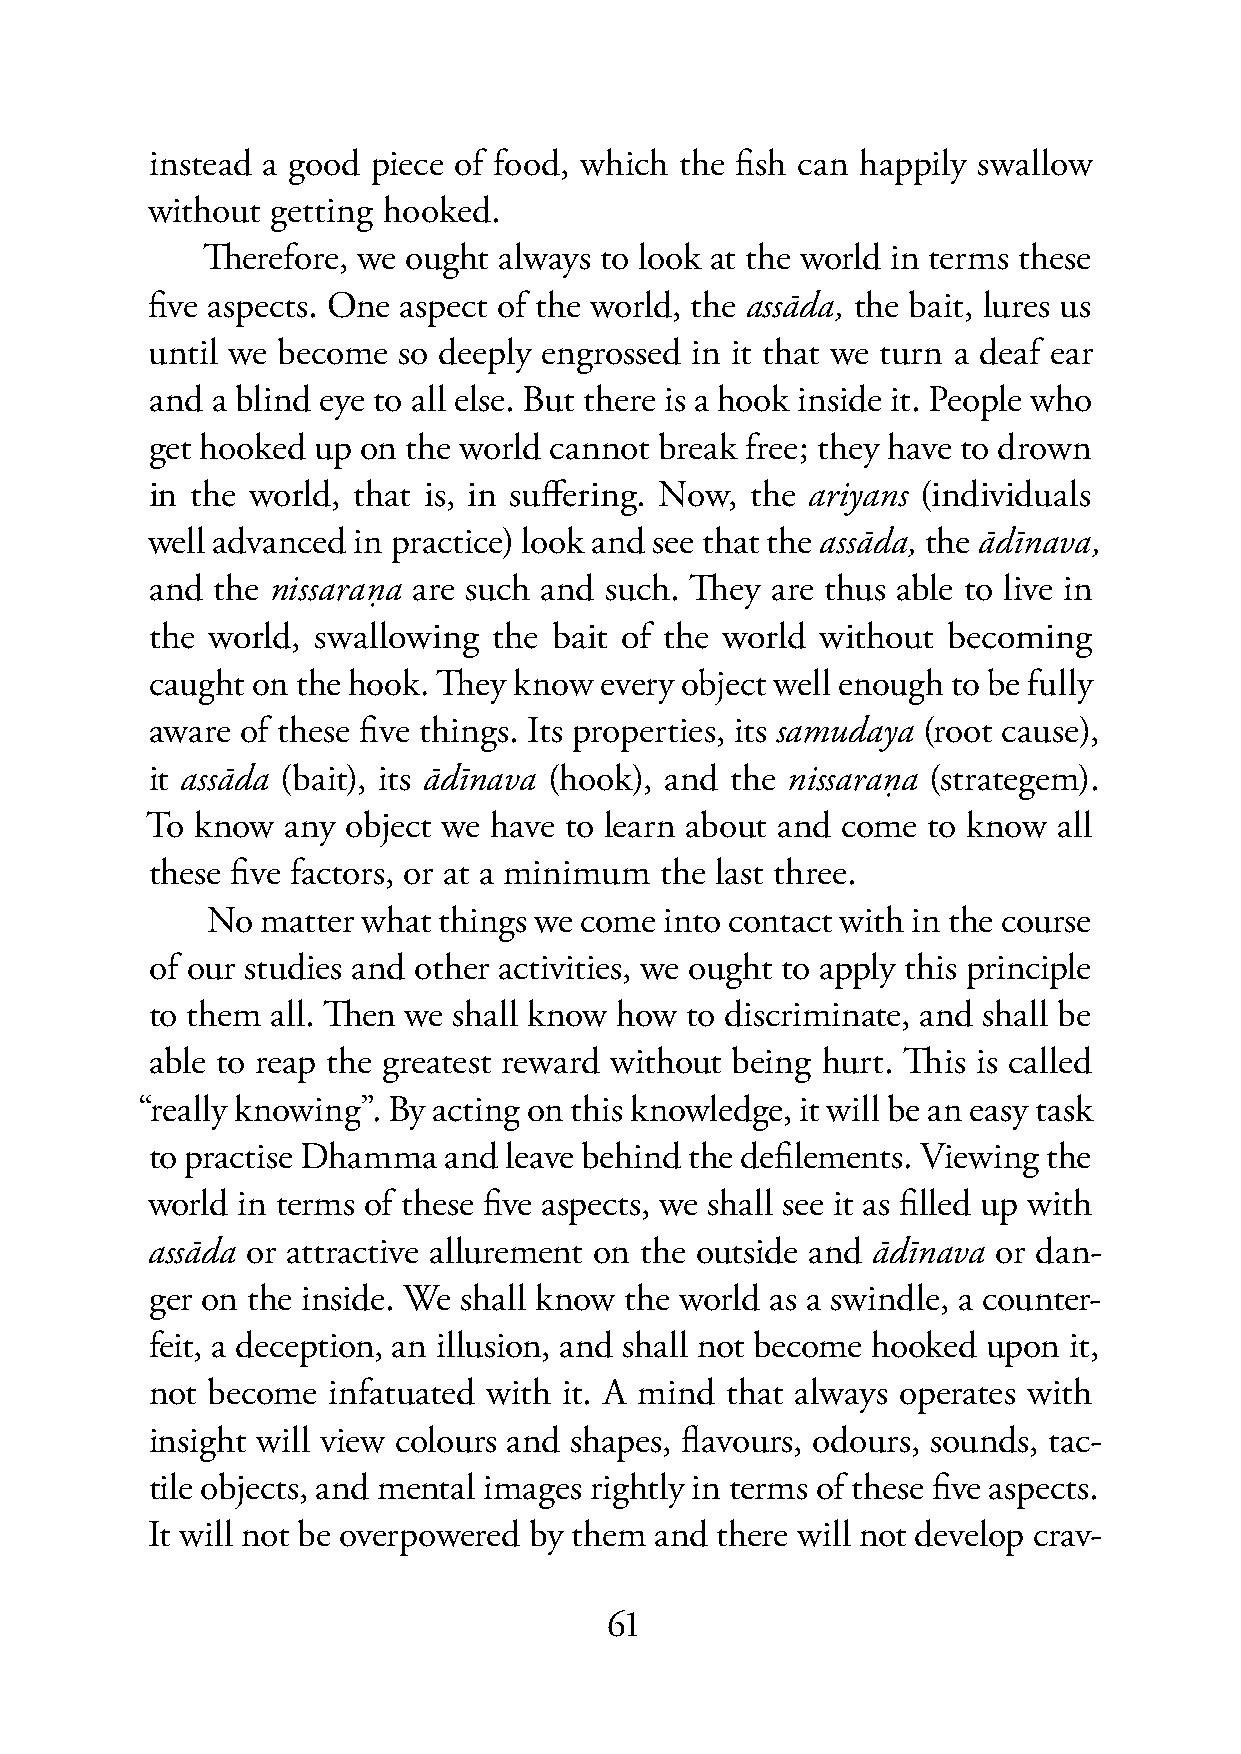
instead a good piece of food, which the fish can happily swallow
 without getting hooked.
 Therefore, we ought always to look at the world in terms these
 five aspects. One aspect of the world, the assāda, the bait, lures us
 until we become so deeply engrossed in it that we turn a deaf ear
 and a blind eye to all else. But there is a hook inside it. People who
 get hooked up on the world cannot break free; they have to drown
 in the world, that is, in suffering. Now, the ariyans (individuals
 well advanced in practice) look and see that the assāda, the ādīnava,
 and the nissaraṇa are such and such. They are thus able to live in
 the world, swallowing  the bait of the world without becoming
 caught on the hook. They know every object well enough to be fully
 aware of these five things. Its properties, its samudaya (root cause),
 it assāda (bait), its ādīnava (hook), and the nissaraṇa (strategem).
 To know  any object we have to learn about and come to know all
 these five factors, or at a minimum the last three.
 No matter what things we come into contact with in the course
 of our studies and other activities, we ought to apply this principle
 to them all. Then we shall know how to discriminate, and shall be
 able to reap the greatest reward without being hurt. This is called
 “really knowing”. By acting on this knowledge, it will be an easy task
 to practise Dhamma and leave behind the defilements. Viewing the
 world in terms of these five aspects, we shall see it as filled up with
 assāda or attractive allurement on the outside and ādīnava or dan-
 ger on the inside. We shall know the world as a swindle, a counter-
 feit, a deception, an illusion, and shall not become hooked upon it,
 not become  infatuated with it. A mind that always operates with
 insight will view colours and shapes, flavours, odours, sounds, tac-
 tile objects, and mental images rightly in terms of these five aspects.
 It will not be overpowered by them and there will not develop crav-
 61